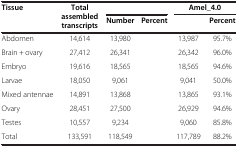
<table><thead><tr><td rowspan="2"><b>Tissue</b></td><td rowspan="2"><b>Total assembled transcripts</b></td><td colspan="2">[EMPTY_CELL]</td><td colspan="2"><b>Amel_4.0</b></td></tr><tr><td><b>Number</b></td><td><b>Percent</b></td><td>[EMPTY_CELL]</td><td><b>Percent</b></td></tr></thead><tbody><tr><td>Abdomen</td><td>14,614</td><td>13,980</td><td>[EMPTY_CELL]</td><td>13,987</td><td>95.7%</td></tr><tr><td>Brain + ovary</td><td>27,412</td><td>26,341</td><td>[EMPTY_CELL]</td><td>26,342</td><td>96.0%</td></tr><tr><td>Embryo</td><td>19,616</td><td>18,565</td><td>[EMPTY_CELL]</td><td>18,565</td><td>94.6%</td></tr><tr><td>Larvae</td><td>18,050</td><td>9,061</td><td>[EMPTY_CELL]</td><td>9,041</td><td>50.0%</td></tr><tr><td>Mixed antennae</td><td>14,891</td><td>13,868</td><td>[EMPTY_CELL]</td><td>13,865</td><td>93.1%</td></tr><tr><td>Ovary</td><td>28,451</td><td>27,500</td><td>[EMPTY_CELL]</td><td>26,929</td><td>94.6%</td></tr><tr><td>Testes</td><td>10,557</td><td>9,234</td><td>[EMPTY_CELL]</td><td>9,060</td><td>85.8%</td></tr><tr><td>Total</td><td>133,591</td><td>118,549</td><td>[EMPTY_CELL]</td><td>117,789</td><td>88.2%</td></tr></tbody></table>